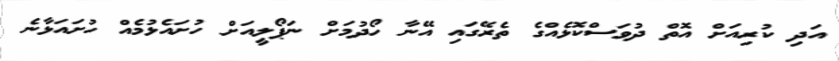
އަދި ކުރިއަށް އޮތް ދުވަސްކޮޅެއްގެ ތެރޭގައި އޭނާ ހޯދުމަށް ނަޕޯލީއަށް ހުށައެޅުމެއް ހުށައަޅާނެ